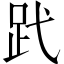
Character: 𧿑